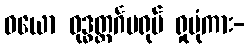
ဝယော ဝုဒ္ဓတ္ထင်္ဂမရုပ် ရှုပုံကား-